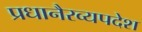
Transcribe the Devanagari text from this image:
प्रधानैरव्यपदेश